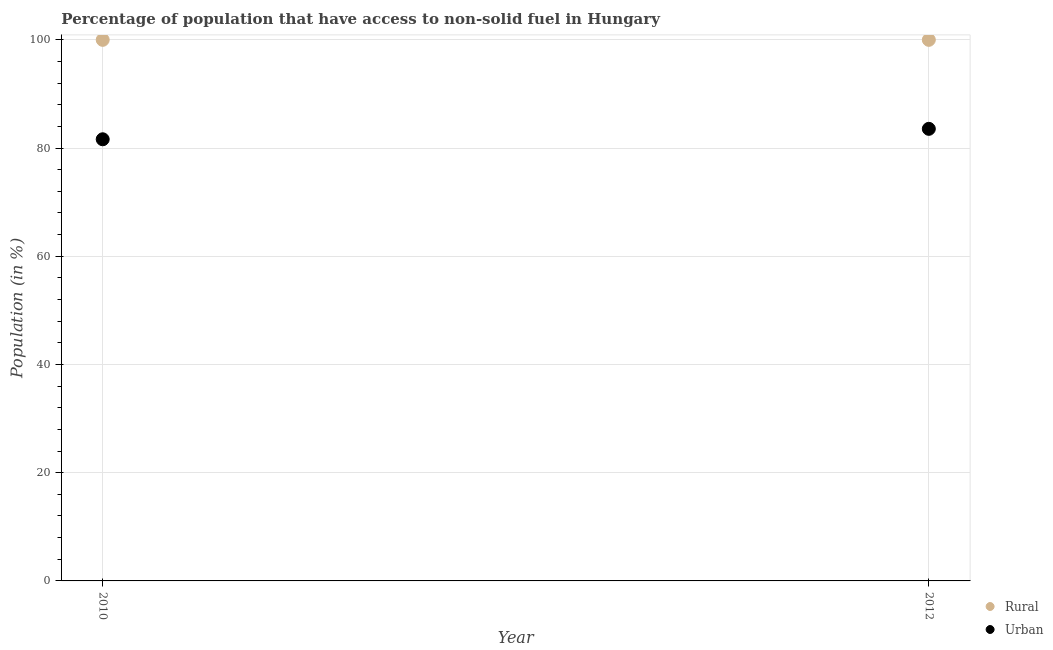
| Year | Rural | Urban |
 | --- | --- | --- |
 | 2010 | 100 | 81.6 |
 | 2012 | 100 | 83.6 |